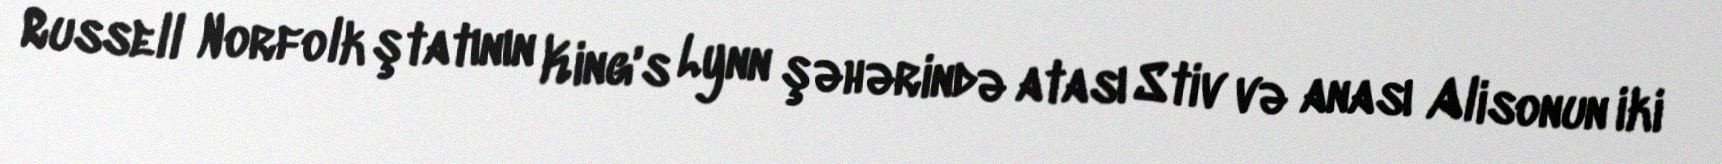
Russell Norfolk ştatının King's Lynn şəhərində atası Stiv və anası Alisonun iki